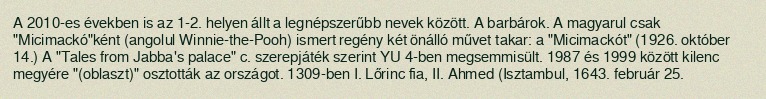
A 2010-es években is az 1-2. helyen állt a legnépszerűbb nevek között. A barbárok. A magyarul csak "Micimackó"ként (angolul Winnie-the-Pooh) ismert regény két önálló művet takar: a "Micimackót" (1926. október 14.) A "Tales from Jabba's palace" c. szerepjáték szerint YU 4-ben megsemmisült. 1987 és 1999 között kilenc megyére "(oblaszt)" osztották az országot. 1309-ben I. Lőrinc fia, II. Ahmed (Isztambul, 1643. február 25.